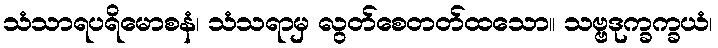
သံသာရပရိမောစနံ၊ သံသရာမှ လွတ်စေတတ်ထသော။ သဗ္ဗဒုက္ခက္ခယံ၊